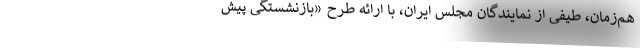
هم‌زمان، طیفی از نمایندگان مجلس ایران، با ارائه طرح «بازنشستگی پیش